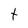
Character: t